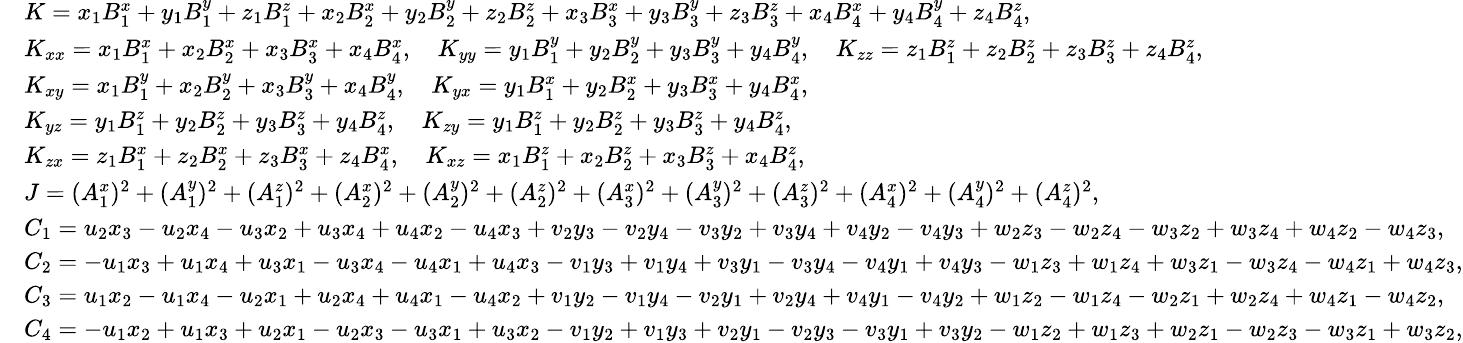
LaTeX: \small\begin{array}{rl}&{K=x_{1}B_{1}^{x}+y_{1}B_{1}^{y}+z_{1}B_{1}^{z}+x_{2}B_{2}^{x}+y_{2}B_{2}^{y}+z_{2}B_{2}^{z}+x_{3}B_{3}^{x}+y_{3}B_{3}^{y}+z_{3}B_{3}^{z}+x_{4}B_{4}^{x}+y_{4}B_{4}^{y}+z_{4}B_{4}^{z},}\\ &{K_{xx}=x_{1}B_{1}^{x}+x_{2}B_{2}^{x}+x_{3}B_{3}^{x}+x_{4}B_{4}^{x},\quad K_{yy}=y_{1}B_{1}^{y}+y_{2}B_{2}^{y}+y_{3}B_{3}^{y}+y_{4}B_{4}^{y},\quad K_{zz}=z_{1}B_{1}^{z}+z_{2}B_{2}^{z}+z_{3}B_{3}^{z}+z_{4}B_{4}^{z},}\\ &{K_{xy}=x_{1}B_{1}^{y}+x_{2}B_{2}^{y}+x_{3}B_{3}^{y}+x_{4}B_{4}^{y},\quad K_{yx}=y_{1}B_{1}^{x}+y_{2}B_{2}^{x}+y_{3}B_{3}^{x}+y_{4}B_{4}^{x},}\\ &{K_{yz}=y_{1}B_{1}^{z}+y_{2}B_{2}^{z}+y_{3}B_{3}^{z}+y_{4}B_{4}^{z},\quad K_{zy}=y_{1}B_{1}^{z}+y_{2}B_{2}^{z}+y_{3}B_{3}^{z}+y_{4}B_{4}^{z},}\\ &{K_{zx}=z_{1}B_{1}^{x}+z_{2}B_{2}^{x}+z_{3}B_{3}^{x}+z_{4}B_{4}^{x},\quad K_{xz}=x_{1}B_{1}^{z}+x_{2}B_{2}^{z}+x_{3}B_{3}^{z}+x_{4}B_{4}^{z},}\\ &{J=(A_{1}^{x})^{2}+(A_{1}^{y})^{2}+(A_{1}^{z})^{2}+(A_{2}^{x})^{2}+(A_{2}^{y})^{2}+(A_{2}^{z})^{2}+(A_{3}^{x})^{2}+(A_{3}^{y})^{2}+(A_{3}^{z})^{2}+(A_{4}^{x})^{2}+(A_{4}^{y})^{2}+(A_{4}^{z})^{2},}\\ &{C_{1}=u_{2}x_{3}-u_{2}x_{4}-u_{3}x_{2}+u_{3}x_{4}+u_{4}x_{2}-u_{4}x_{3}+v_{2}y_{3}-v_{2}y_{4}-v_{3}y_{2}+v_{3}y_{4}+v_{4}y_{2}-v_{4}y_{3}+w_{2}z_{3}-w_{2}z_{4}-w_{3}z_{2}+w_{3}z_{4}+w_{4}z_{2}-w_{4}z_{3},}\\ &{C_{2}=-u_{1}x_{3}+u_{1}x_{4}+u_{3}x_{1}-u_{3}x_{4}-u_{4}x_{1}+u_{4}x_{3}-v_{1}y_{3}+v_{1}y_{4}+v_{3}y_{1}-v_{3}y_{4}-v_{4}y_{1}+v_{4}y_{3}-w_{1}z_{3}+w_{1}z_{4}+w_{3}z_{1}-w_{3}z_{4}-w_{4}z_{1}+w_{4}z_{3},}\\ &{C_{3}=u_{1}x_{2}-u_{1}x_{4}-u_{2}x_{1}+u_{2}x_{4}+u_{4}x_{1}-u_{4}x_{2}+v_{1}y_{2}-v_{1}y_{4}-v_{2}y_{1}+v_{2}y_{4}+v_{4}y_{1}-v_{4}y_{2}+w_{1}z_{2}-w_{1}z_{4}-w_{2}z_{1}+w_{2}z_{4}+w_{4}z_{1}-w_{4}z_{2},}\\ &{C_{4}=-u_{1}x_{2}+u_{1}x_{3}+u_{2}x_{1}-u_{2}x_{3}-u_{3}x_{1}+u_{3}x_{2}-v_{1}y_{2}+v_{1}y_{3}+v_{2}y_{1}-v_{2}y_{3}-v_{3}y_{1}+v_{3}y_{2}-w_{1}z_{2}+w_{1}z_{3}+w_{2}z_{1}-w_{2}z_{3}-w_{3}z_{1}+w_{3}z_{2},}\end{array}